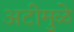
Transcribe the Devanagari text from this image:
अटीमुळे